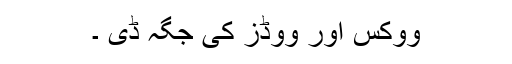
ووکس اور ووڈز کی جگہ ڈی ۔